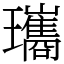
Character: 瓗